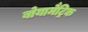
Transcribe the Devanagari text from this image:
बोयामैट्रिक